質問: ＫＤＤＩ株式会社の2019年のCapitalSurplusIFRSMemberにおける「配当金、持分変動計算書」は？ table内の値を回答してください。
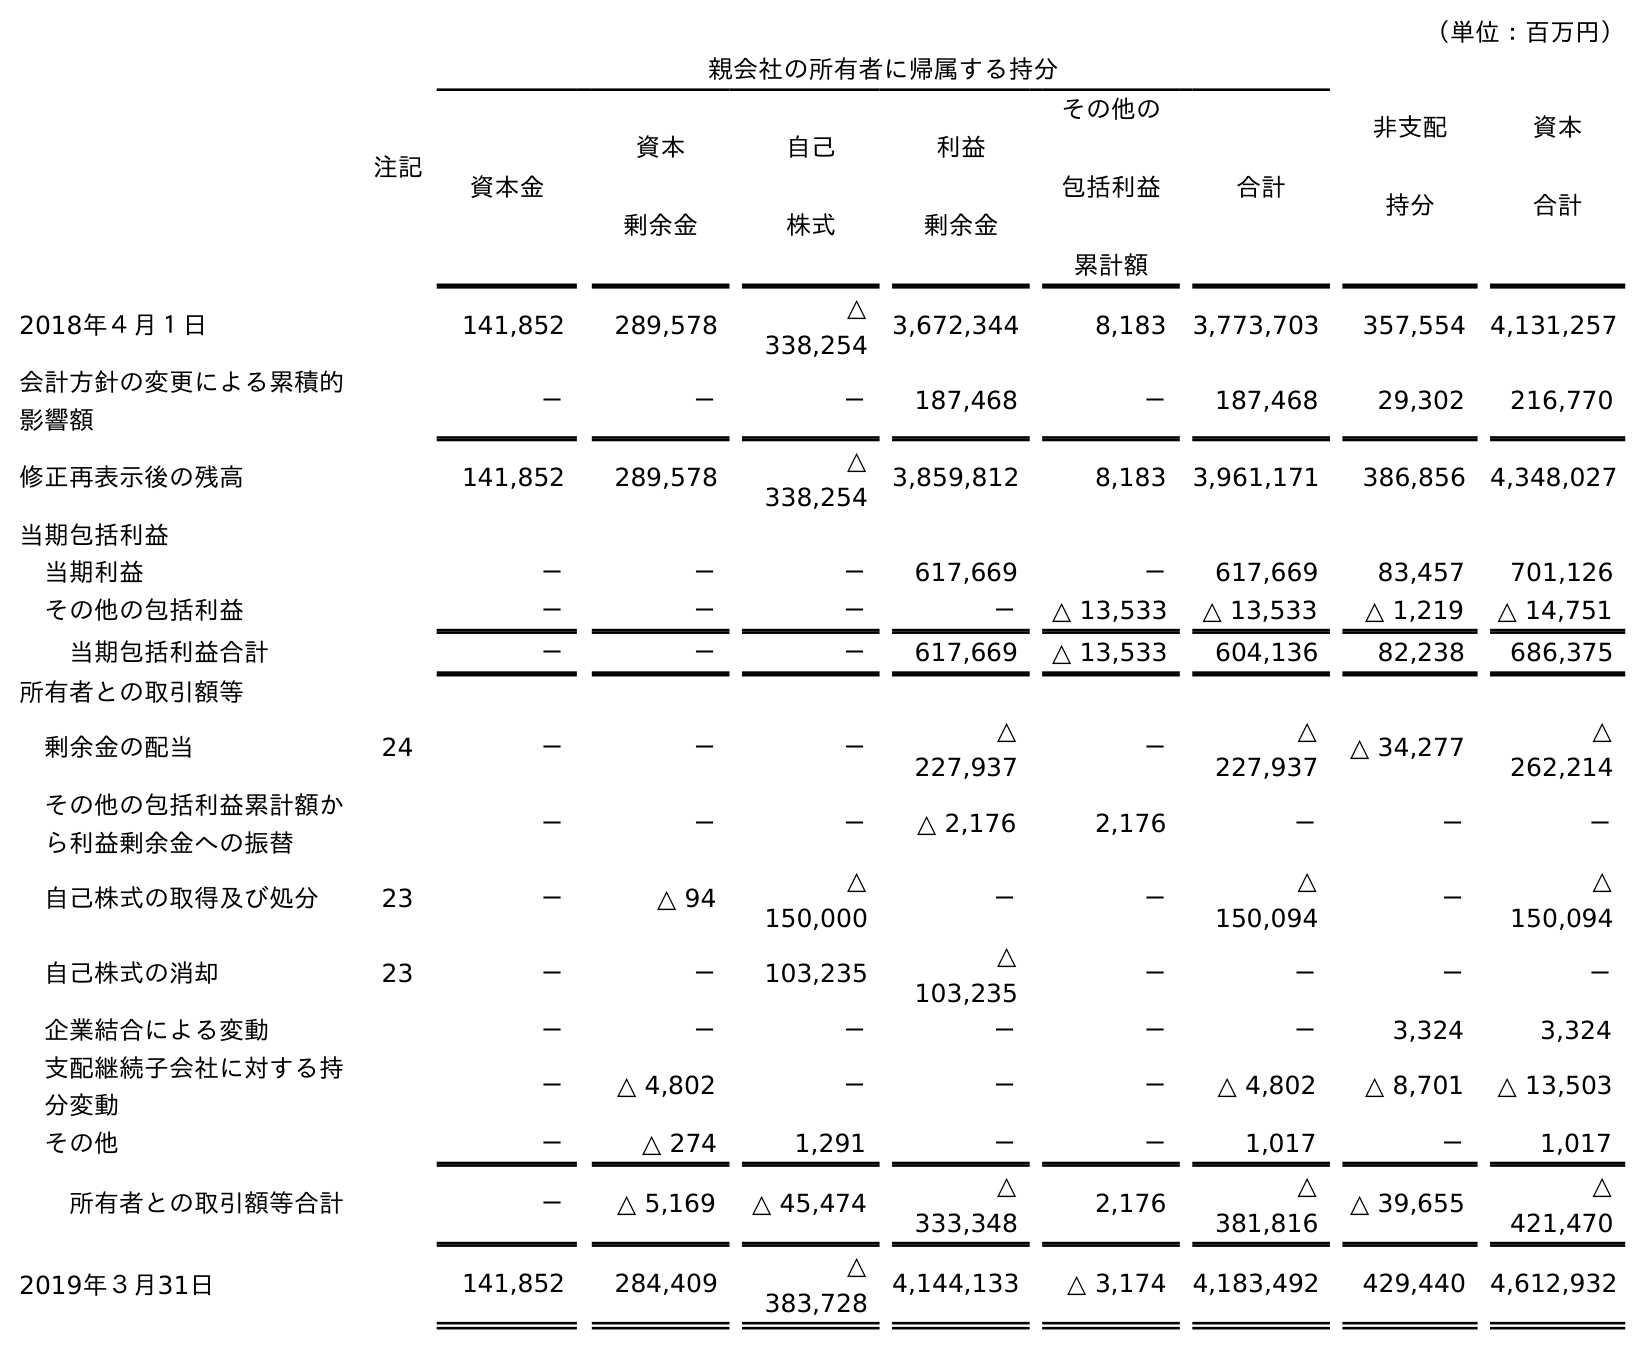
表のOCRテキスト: （単位：百万円） 注記 親会社の所有者に帰属する持分 非支配 持分 資本 合計 資本金 資本 剰余金 自己 株式 利益 剰余金 その他の 包括利益 累計額 合計 2018年４月１日 141,852 289,578 △ 338,254 3,672,344 8,183 3,773,703 357,554 4,131,257 会計方針の変更による累積的 影響額 － － － 187,468 － 187,468 29,302 216,770 修正再表示後の残高 141,852 289,578 △ 338,254 3,859,812 8,183 3,961,171 386,856 4,348,027 当期包括利益 当期利益 － － － 617,669 － 617,669 83,457 701,126 その他の包括利益 － － － － △ 13,533 △ 13,533 △ 1,219 △ 14,751 当期包括利益合計 － － － 617,669 △ 13,533 604,136 82,238 686,375 所有者との取引額等 剰余金の配当 24 － － － △ 227,937 － △ 227,937 △ 34,277 △ 262,214 その他の包括利益累計額か ら利益剰余金への振替 － － － △ 2,176 2,176 － － － 自己株式の取得及び処分 23 － △ 94 △ 150,000 － － △ 150,094 － △ 150,094 自己株式の消却 23 － － 103,235 △ 103,235 － － － － 企業結合による変動 － － － － － － 3,324 3,324 支配継続子会社に対する持 分変動 － △ 4,802 － － － △ 4,802 △ 8,701 △ 13,503 その他 － △ 274 1,291 － － 1,017 － 1,017 所有者との取引額等合計 － △ 5,169 △ 45,474 △ 333,348 2,176 △ 381,816 △ 39,655 △ 421,470 2019年３月31日 141,852 284,409 △ 383,728 4,144,133 △ 3,174 4,183,492 429,440 4,612,932
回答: －